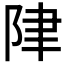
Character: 𲉏